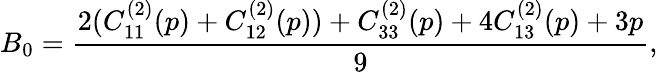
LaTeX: B_{0}=\frac{2(C_{11}^{(2)}(p)+C_{12}^{(2)}(p))+C_{33}^{(2)}(p)+4C_{13}^{(2)}(p)+3p}{9},